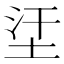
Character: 𡊺